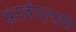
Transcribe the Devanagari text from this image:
संतांचीमृत्युभूमि